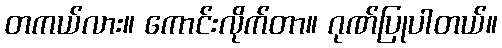
တကယ်လား။ ကောင်းလိုက်တာ။ ဂုဏ်ပြုပါတယ်။